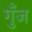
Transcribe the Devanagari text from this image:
गुँज